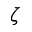
\zeta